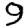
Digit: 9